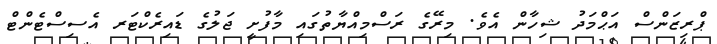
ޕްރިޒަންސް އަޙްމަދު ޝިހާން އެވެ. މިރޭގެ ރަސްމިއްޔާތުގައި މާފުށީ ޖަލުގެ ޑައިރެކްޓަރ އެސިސްޓެންޓް